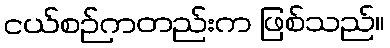
ငယ်စဉ်ကတည်းက ဖြစ်သည်။